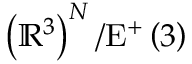
\left( \mathbb { R } ^ { 3 } \right) ^ { N } / \mathrm { E } ^ { + } \left( 3 \right)